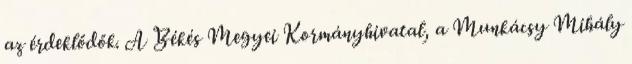
az érdeklődők. A Békés Megyei Kormányhivatal, a Munkácsy Mihály